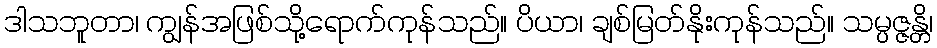
ဒါသဘူတာ၊ ကျွန်အဖြစ်သို့ရောက်ကုန်သည်။ ပိယာ၊ ချစ်မြတ်နိုးကုန်သည်။ သမ္ပဇ္ဇန္တိ၊